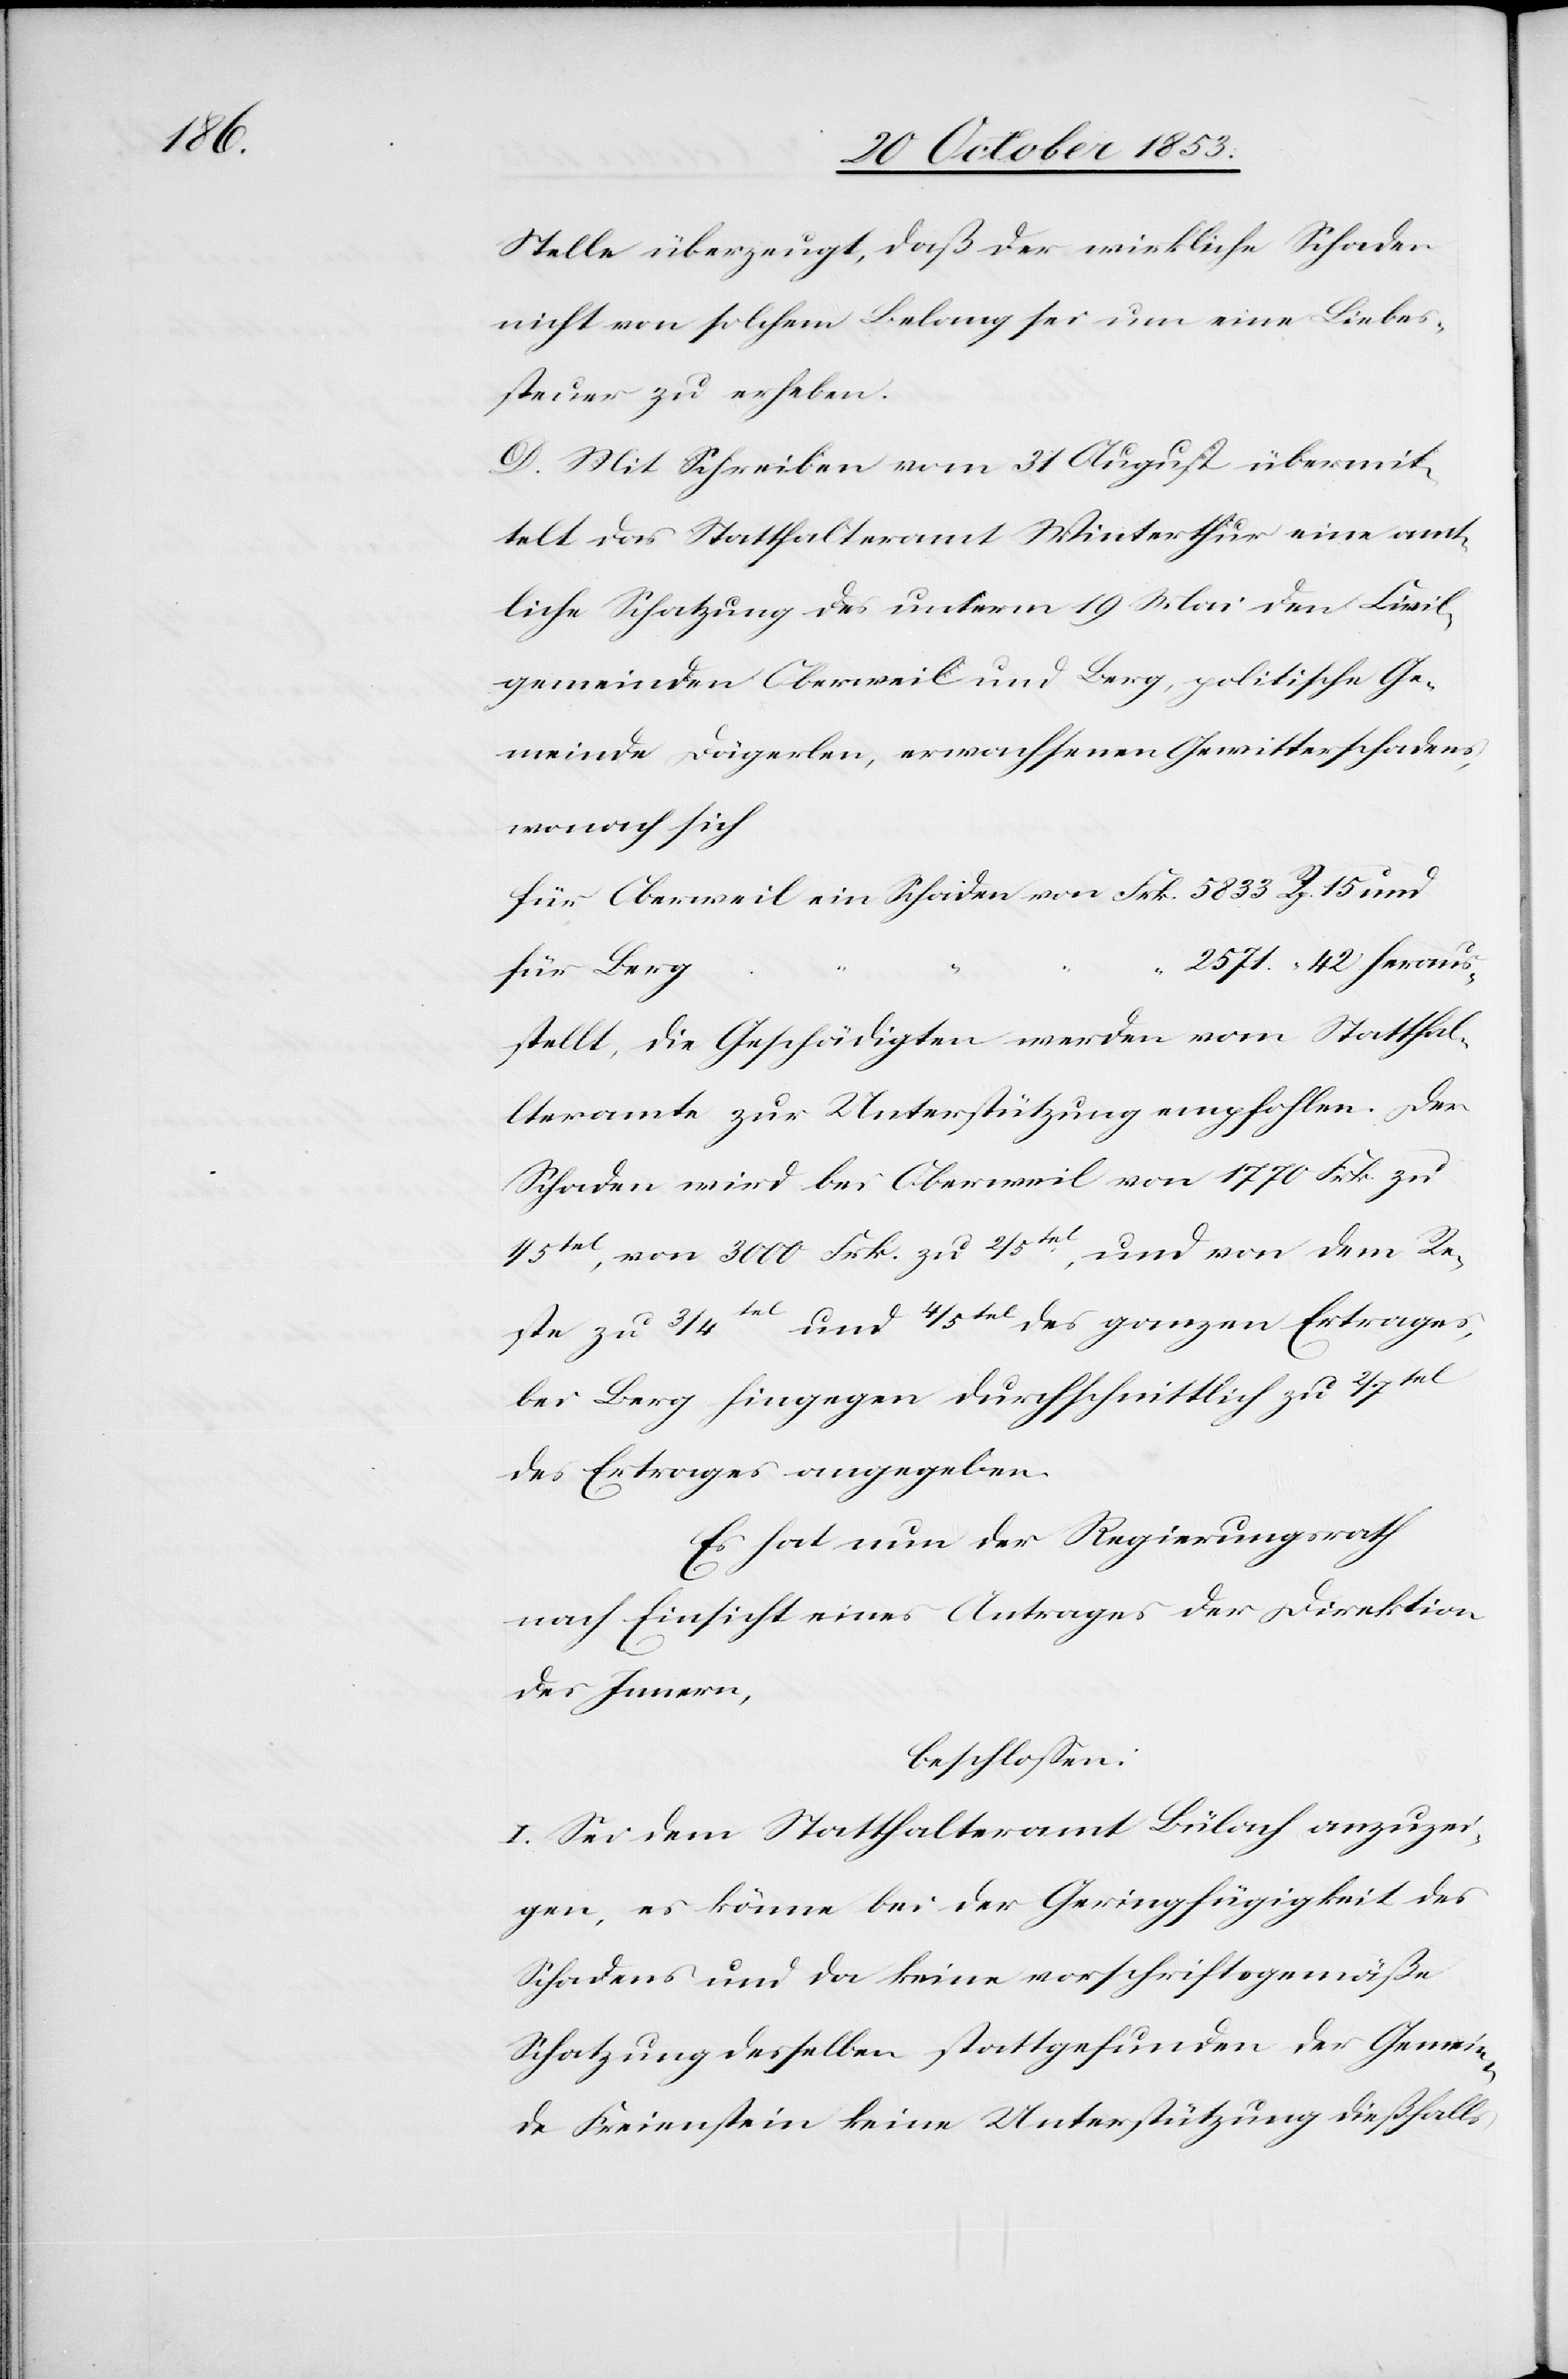
Stelle überzeugt, daß der wirkliche Schaden
steuer zu erheben.
D. Mit Schreiben vom 31 August übermit¬
telt das Statthalteramt Winterthur eine amt¬
liche Schatzung des unterm 19 Mai den Civil¬
gemeinden Oberweil und Berg, politische Ge¬
meinde Dägerlen, erwachsenen Gewitterschadens,
wonach sich
für Oberweil ein Schaden von Frk. 5833 Rp. 15 und
2571 “	 42 heraus¬
eine Liebes¬
stellt, die Geschädigten werden vom Statthal¬
teramte zur Unterstützung empfohlen. Der
Schaden wird bei Oberweil von 1770 Frk. zu
1/5tel, von 3000 Frk. zu 2/5tel, und von dem Re¬
ste zu 3/4tel und 4/5tel des ganzen Ertrages,
bei Berg hingegen durchschnittlich zu 2/7tel
des Ertrages angegeben.
Es hat nun der Regierungsrath
nach Einsicht eines Antrages der Direktion
des Innern,
beschloßen:
I. Sei dem Statthalteramt Bülach anzuzei¬
gen, es könne bei der Geringfügigkeit des
Schadens und da keine vorschriftsgemäße
Schatzung desselben stattgefunden der Gemein¬
de Freienstein keine Unterstützung dießfalls,